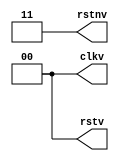
//******************************************************************************
/// @file    tm_stim_clk.v
/// @author  JAY CONVERTINO
/// @date    2022.12.05
/// @brief   Generic AXIS clock test bench module
///
/// @LICENSE MIT
///  Copyright 2022 Jay Convertino
///
///  Permission is hereby granted, free of charge, to any person obtaining a copy
///  of this software and associated documentation files (the "Software"), to 
///  deal in the Software without restriction, including without limitation the
///  rights to use, copy, modify, merge, publish, distribute, sublicense, and/or 
///  sell copies of the Software, and to permit persons to whom the Software is 
///  furnished to do so, subject to the following conditions:
///
///  The above copyright notice and this permission notice shall be included in 
///  all copies or substantial portions of the Software.
///
///  THE SOFTWARE IS PROVIDED "AS IS", WITHOUT WARRANTY OF ANY KIND, EXPRESS OR 
///  IMPLIED, INCLUDING BUT NOT LIMITED TO THE WARRANTIES OF MERCHANTABILITY, 
///  FITNESS FOR A PARTICULAR PURPOSE AND NONINFRINGEMENT. IN NO EVENT SHALL THE
///  AUTHORS OR COPYRIGHT HOLDERS BE LIABLE FOR ANY CLAIM, DAMAGES OR OTHER 
///  LIABILITY, WHETHER IN AN ACTION OF CONTRACT, TORT OR OTHERWISE, ARISING 
///  FROM, OUT OF OR IN CONNECTION WITH THE SOFTWARE OR THE USE OR OTHER DEALINGS
///  IN THE SOFTWARE.
//******************************************************************************

`timescale 1 ns/10 ps

//******************************************************************************
/// @brief clock simulator creates multiple clocks and resets for testing.
//******************************************************************************
module clk_stimulus #(
    parameter CLOCKS = 2,           /**< # of clocks */
    parameter CLOCK_BASE = 1000000, /**< clock time base mhz */
    parameter CLOCK_INC = 100,      /**< time diff for other clocks, only used for async mode */
    parameter CLOCK_ASYNC = 0,      /**< used time diff to generate async clocks (1), 0 is sync clock */
    parameter RESETS = 2,           /**< # of resets */
    parameter RESET_BASE = 200,     /**< time to stay in reset */
    parameter RESET_INC = 100       /**< time diff for other resets */
  )
  (
    output reg [CLOCKS-1:0] clkv,   /**< clock output vector */
    output reg [RESETS-1:0] rstnv,  /**< negative reset output vector */
    output reg [RESETS-1:0] rstv    /**< positive reset output vector */
  );
  
  /// scale clock base to a clock period in MHz. Good up to 1 GHz.
  localparam lp_PERIOD = 1000000000/CLOCK_BASE;
  
  /// index for clock generation
  genvar clk_index;
  /// index for reset generation
  genvar rst_index;
  
  //****************************************************************************
  /// @brief generator for clock vector
  //****************************************************************************
  generate
    // loop till all clocks created
    for (clk_index = 0; clk_index < CLOCKS; clk_index = clk_index + 1) begin
      // iverilog 
      initial begin
        clkv = 0;
      end
      
      always begin
        // toggle indexed clock
        clkv[clk_index] <= ~clkv[clk_index];
        
        if(CLOCK_ASYNC != 0) begin
          // wait for a certian amount of time, increase based on index * increment
          #((lp_PERIOD+(CLOCK_INC*clk_index))/2);
        end else begin
          // wait for a certian amount of time, these are multples of the clock to keep them in sync
          #((lp_PERIOD*(clk_index+2))/2);
        end
      end
    end
  endgenerate
  
  //****************************************************************************
  /// @brief generator for reset vector
  //****************************************************************************
  generate
    // loop till all resets created
    for (rst_index = 0; rst_index < RESETS; rst_index = rst_index + 1) begin
      initial begin
        // start off with resets in reset state.
        rstnv[rst_index] <= 1'b0;
        
        rstv[rst_index] <= 1'b1;
        
        // wait for a certain amount of time, increase based on index * increment
        #(RESET_BASE-(RESET_INC*rst_index))
        
        // no longer in reset
        rstnv[rst_index] <= 1'b1;
        
        rstv[rst_index] <= 1'b0;
      end
    end
  endgenerate
endmodule